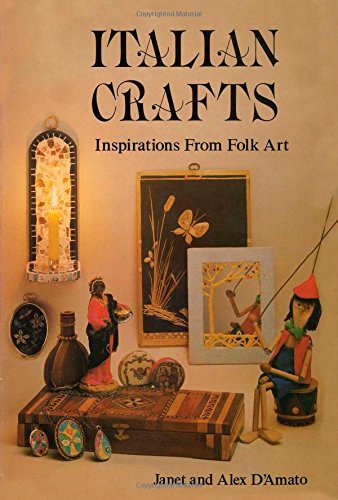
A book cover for Italian Crafts: Inspirations From Folk Art; Janet D'Amato; Crafts, Hobbies & Home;